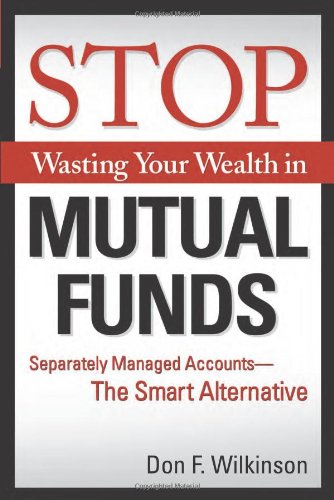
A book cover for Stop Wasting Your Wealth in Mutual Funds: Separately Managed Accounts - The Smart Alternative; Don F. Wilkinson; Business & Money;